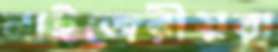
নাইজেরীয়রা